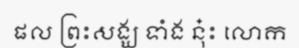
ផល ព្រះសង្ឃ ទាំង នុ៎ះ លោក